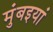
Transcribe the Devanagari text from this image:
मुंबइयां